Calcutta medical institutions reports 1879-81 [i.e.91]
Year: 1879
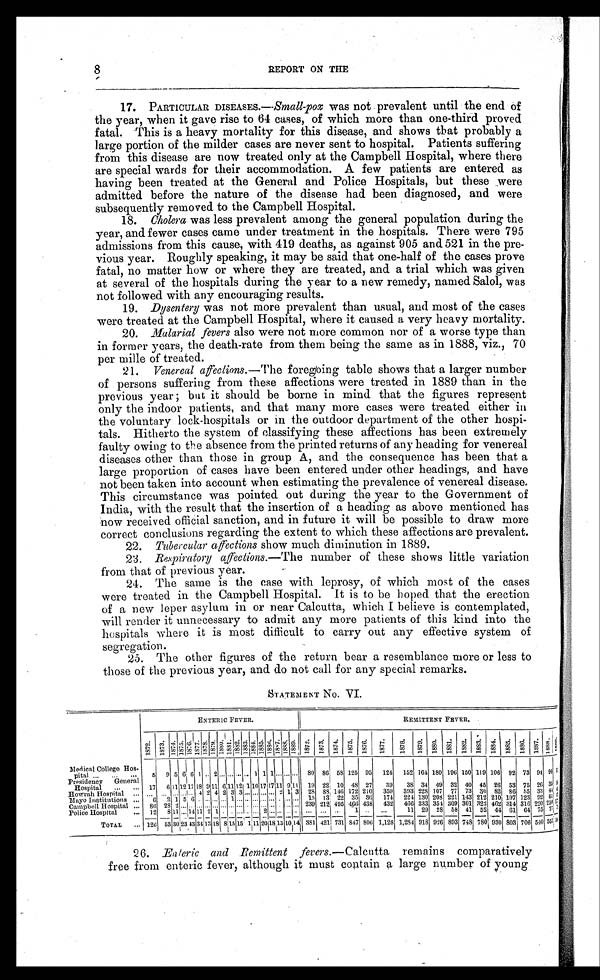
8
REPORT ON THE
17. PARTICULAR DISEASES.— Small-pox was not prevalent until the end of
the year, when it gave rise to 64 cases, of which more than one-third proved
fatal. This is a heavy mortality for this disease, and shows that probably a
large portion of the milder cases are never sent to hospital. Patients suffering
from this disease are now treated only at the Campbell Hospital, where there
are special wards for their accommodation. A few patients are entered as
having been treated at the General and Police Hospitals, but these were
admitted before the nature of the disease had been diagnosed, and were
subsequently removed to the Campbell Hospital.
18. Cholera was less prevalent among the general population during the
year, and fewer cases came under treatment in the hospitals. There were 795
admissions from this cause, with 419 deaths, as against 905 and 521 in the pre-
vious year. Roughly speaking, it may be said that one-half of the cases prove
fatal, no matter how or where they are treated, and a trial which was given
at several of the hospitals during the year to a new remedy, named Salol, was
not followed with any encouraging results.
19. Dysentery was not more prevalent than usual, and most of the cases
were treated at the Campbell Hospital, where it caused a very heavy mortality.
20. Malarial fevers also were not more common nor of a worse type than
in former years, the death-rate from them being the same as in 1888, viz., 70
per mille of treated.
21. Venereal affections .—The foregoing table shows that a larger number
of persons suffering from these affections were treated in 1889 than in the
previous year; but it should be borne in mind that the figures represent
only the indoor patients, and that many more cases were treated either in
the voluntary lock-hospitals or in the outdoor department of the other hospi-
tals. Hitherto the system of classifying these affections has been extremely
faulty owing to the absence from the printed returns of any heading for venereal
diseases other than those in group A, and the consequence has been that a
large proportion of cases have been entered under other headings, and have
not been taken into account when estimating the prevalence of venereal disease.
This circumstance was pointed out during the year to the Government of
India, with the result that the insertion of a heading as above mentioned has
now received official sanction, and in future it will be possible to draw more
correct conclusions regarding the extent to which these affections are prevalent.
22. Tubercular affections show much diminution in 1889.
23. Respiratory affections.—The number of these shows little variation
from that of previous year.
24. The same is the case with leprosy, of which most of the cases
were treated in the Campbell Hospital. It is to be hoped that the erection
of a new leper asylum in or near Calcutta, which I believe is contemplated,
will render it unnecessary to admit any more patients of this kind into the
hospitals where it is most difficult to carry out any effective system of
segregation.
25. The other figures of the return bear a resemblance more or less to
those of the previous year, and do not call for any special remarks.
STATEMENT No. VI.
ENTERIC FEVER.
REMITTENT FEVER.
1 8 7 2 . 1 8 7 3 . 1 8 7 4 . 1 8 7 5 . 1 8 7 6 . 1 8 7 7 . 1 8 7 8 . 1 8 7 9 . 1 8 8 0 .
1 8 8 1 .
1 8 8 2 .
1883. 1 8 8 4 . 1 8 8 5 . 1 8 8 6 . 1 8 8 7 . 1 8 8 8 .
1 8 8 9 . 1 8 7 2 . 1 8 7 3 . 1 8 7 4 . 1875. 1 8 7 6 .
1 8 7 7 .
1 8 7 8 . 1 8 7 9 . 1 8 8 0 . 1 8 8 1 . 1 8 8 2 . 1 8 8 3 . 1884. 1885. 1886. 1 8 8 7 .
1 8 8 8 .
i :
Medical College Hos- 5 9 5 6 6 1 .. 2 ... ... ...
... 1 1 1
. . .
...
. . . 80 86 58 125 95 124 152 164 180 196 150 119 106 92 73 94 9 0
pital ...
. . . ...
Presidency General 17 6 11 12 17 18 9 11 6 11 12 1 10 1 7
17 11 9 11 19 22 10 48 27 39 38 34 49 32 40 45 26 53 75 26 35
Hospital ... ...
Howrah Hospital ... ... ... ... . . . . . . 4 2 4 2 3 3 ... ... . . .
... 2 1 3 28 88 146 172 210 359 393 228 107 77 73 30 82 86 55 33 4 4 ! ,
Mayo Institutions ... 6 2 1 5 6 . . . ... ... ... 1 . . .
... ... ... ... . . . . . .
...... 15 13 22 35 36 174 224 130 208 221 143 212 210 197 123 92 6 1
Campbell Hospital ...
8 6 28 2 ... . . . . . . ... . . .
...
. . .
... . . . . . . . . . ... . . . . . . .
... 239 212 495 466 438 432 466 333 354 309 301 322 462 314 316 220 250
Police Hospital
... 12 8 11 . . . 14 1 1 2 1 . . . . . . . . .
. . . . . . 2 . . . . . . . . . . . . . . . . . . . . .
1
. . .
. . . 11 29 28 5 8 41 52 44 61 64 75 77 ' •
TOTAL ... 126 53 3 023 4 334 13 18 8 15 151111 2 018 13 1 0 14 381 421 731 847 806 1,128 1,284 918 926 893 748 780 930 803 706 540 557
26. Enteric and Remittent fevers. —Calcutta remains comparatively
free from enteric fever, although it must contain a large number of young